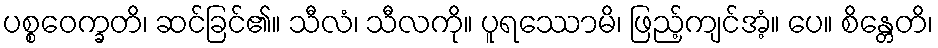
ပစ္စဝေက္ခတိ၊ ဆင်ခြင်၏။ သီလံ၊ သီလကို။ ပူရဿောမိ၊ ဖြည့်ကျင်အံ့။ ပေ။ စိန္တေတိ၊